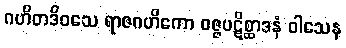
ဂဟိတဒိဝသေ ရာဇဂဟိကော ဝဇ္ဇပဋိစ္ဆာဒနံ ဝါသေန